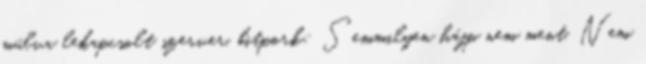
múlva lekapcsolt szerver. bitpork: Semmilyen hájp nem ment. Nem